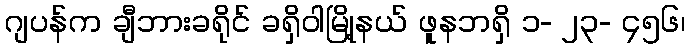
ဂျပန်က ချီဘားခရိုင် ခရှိဝါမြို့နယ် ဖူနဘရှိ ၁- ၂၃- ၄၅၆၊